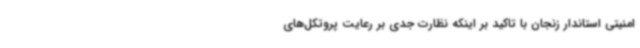
امنیتی استاندار زنجان با تاکید بر اینکه نظارت جدی بر رعایت پروتکل‌های